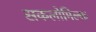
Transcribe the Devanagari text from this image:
सकलोमिल्क